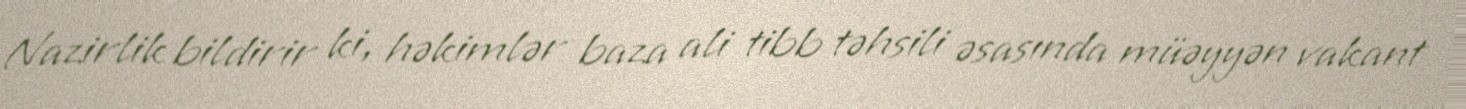
Nazirlik bildirir ki, həkimlər baza ali tibb təhsili əsasında müəyyən vakant